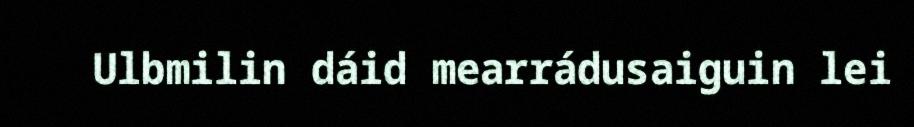
Ulbmilin dáid mearrádusaiguin lei